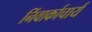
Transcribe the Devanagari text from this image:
निंवार्काचार्य